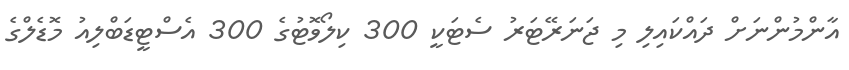
އާންމުންނަށް ދައްކައިލި މި ޖަނަރޭޓަރު ސެޓަކީ 300 ކިލޯވޮޓުގެ 300 އެސްޓީޑަބްލިއު މޮޑެލްގެ